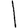
Digit: 1